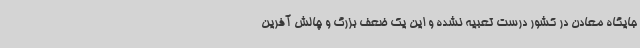
جایگاه معادن در کشور درست تعبیه نشده و این یک ضعف بزرگ و چالش آفرین